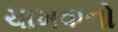
ચાખવાનો